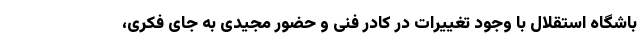
باشگاه استقلال با وجود تغییرات در کادر فنی و حضور مجیدی به جای فکری،